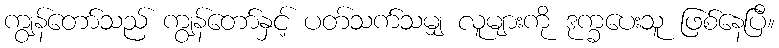
ကျွန်တော်သည် ကျွန်တော်နှင့် ပတ်သက်သမျှ လူများကို ဒုက္ခပေးသူ ဖြစ်နေပြီ။